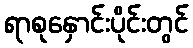
ရာစုနှောင်းပိုင်းတွင်